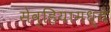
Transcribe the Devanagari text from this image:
सेव्हियामध्ये